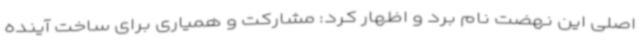
اصلی این نهضت نام برد و اظهار کرد: مشارکت و همیاری برای ساخت آینده